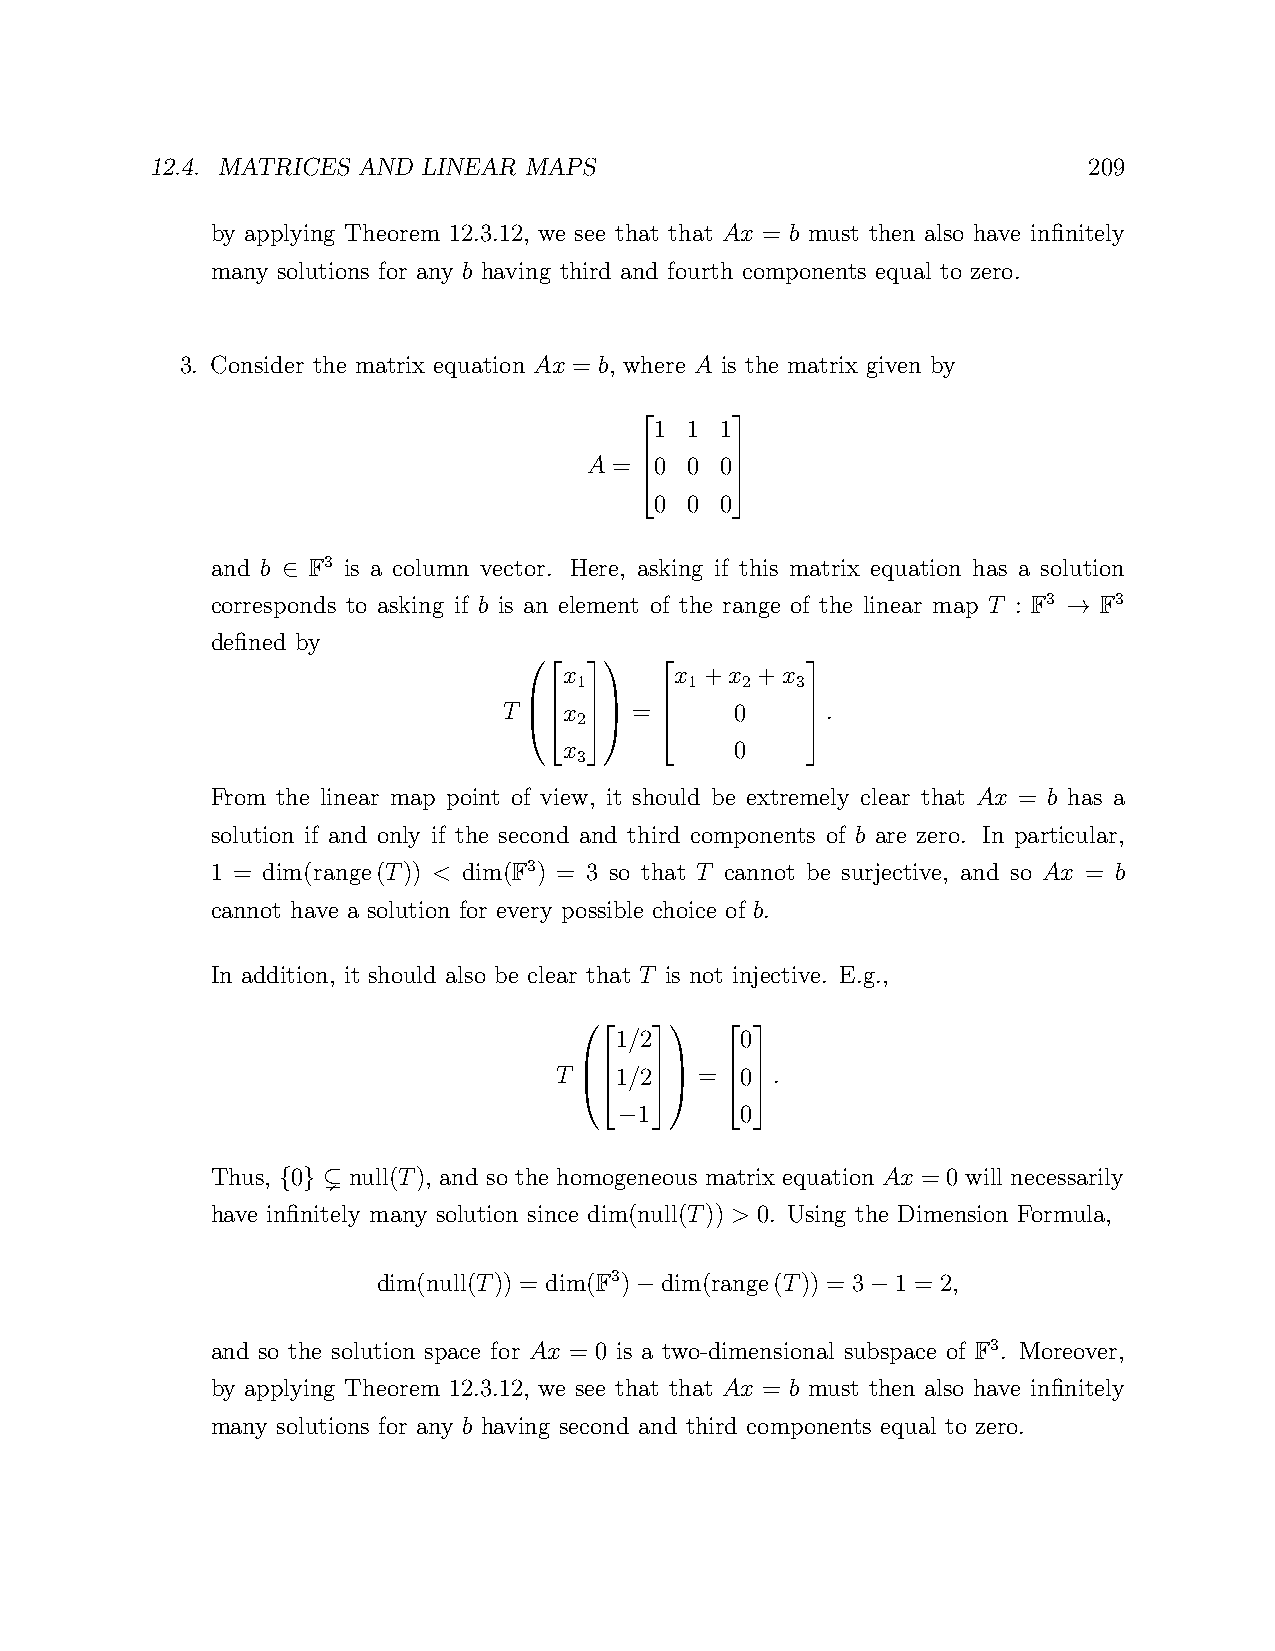
12.4. MATRICES AND LINEAR MAPS                                209
 by applying Theorem 12.3.12, we see that that Ax = b must then also have infinitely
 many solutions for any b having third and fourth components equal to zero.
 3. Consider the matrix equation Ax = b, where A is the matrix given by
 1  1 1
 A = 0  0 0
      
 0  0 0
      
      
 and b F3 is a column vector. Here, asking if this matrix equation has a solution
 ∈
 corresponds to asking if b is an element of the range of the linear map T : F3 F3
 →
 defined by
 x       x +x +x
 1       1  2   3
 T   x    =      0     .
  2           
 x           0
  3           
              
 From the linear map point of view, it should be extremely clear that Ax = b has a
 solution if and only if the second and third components of b are zero. In particular,
 1 = dim(range(T)) < dim(F3) = 3 so that T cannot be surjective, and so Ax = b
 cannot have a solution for every possible choice of b.
 In addition, it should also be clear that T is not injective. E.g.,
 1/2     0
 T   1/2  =  0 .
        
 1      0
 −      
        
 Thus, 0 ( null(T), and so the homogeneous matrix equation Ax = 0 will necessarily
 { }
 have infinitely many solution since dim(null(T)) > 0. Using the Dimension Formula,
 dim(null(T)) = dim(F3) dim(range(T)) = 3 1 = 2,
 −               −
 and so the solution space for Ax = 0 is a two-dimensional subspace of F3. Moreover,
 by applying Theorem 12.3.12, we see that that Ax = b must then also have infinitely
 many solutions for any b having second and third components equal to zero.